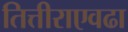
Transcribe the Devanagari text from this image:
तित्तीराएवढा